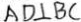
A D \bot B C